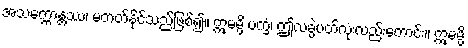
အသက္ကောန္တဿ၊ မတတ်နိုင်သည်ဖြစ်၍။ ဣမမ္ပိ ပက္ခံ၊ ဤလခွဲပတ်လုံးလည်းကောင်း။ ဣမမ္ပိ